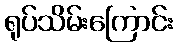
ရုပ်သိမ်းကြောင်း